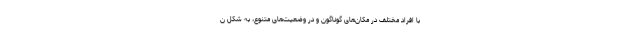
با افراد مختلف در مکان‌های گوناگون و در وضعیت‌های متنوع، به شکل ن